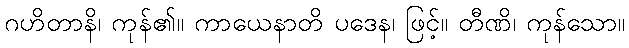
ဂဟိတာနိ၊ ကုန်၏။ ကာယေနာတိ ပဒေန၊ ဖြင့်။ တီဏိ၊ ကုန်သော။